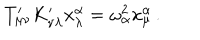
T _ { \mu \nu } ^ { \prime } K _ { \nu \lambda } ^ { \prime } x _ { \lambda } ^ { \alpha } = \omega _ { \alpha } ^ { 2 } x _ { \mu } ^ { \alpha } \, .